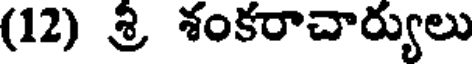
(12) శ్రి శంకరాచార్యులు